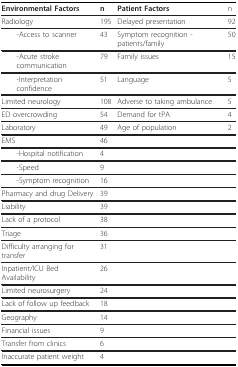
<table><thead><tr><td><b>Environmental Factors</b></td><td><b>n</b></td><td><b>Patient Factors</b></td><td><b>n</b></td></tr></thead><tbody><tr><td>Radiology</td><td>195</td><td>Delayed presentation</td><td>92</td></tr><tr><td> -Access to scanner</td><td>43</td><td>Symptom recognition - patients/family</td><td>50</td></tr><tr><td> -Acute stroke communication</td><td>79</td><td>Family issues</td><td>15</td></tr><tr><td> -Interpretation confidence</td><td>51</td><td>Language</td><td>5</td></tr><tr><td>Limited neurology</td><td>108</td><td>Adverse to taking ambulance</td><td>5</td></tr><tr><td>ED overcrowding</td><td>54</td><td>Demand for tPA</td><td>4</td></tr><tr><td>Laboratory</td><td>49</td><td>Age of population</td><td>2</td></tr><tr><td>EMS</td><td>46</td><td></td><td></td></tr><tr><td> -Hospital notification</td><td>4</td><td></td><td></td></tr><tr><td> -Speed</td><td>9</td><td></td><td></td></tr><tr><td> -Symptom recognition</td><td>16</td><td></td><td></td></tr><tr><td>Pharmacy and drug Delivery</td><td>39</td><td></td><td></td></tr><tr><td>Liability</td><td>39</td><td></td><td></td></tr><tr><td>Lack of a protocol</td><td>38</td><td></td><td></td></tr><tr><td>Triage</td><td>36</td><td></td><td></td></tr><tr><td>Difficulty arranging for transfer</td><td>31</td><td></td><td></td></tr><tr><td>Inpatient/ICU Bed Availability</td><td>26</td><td></td><td></td></tr><tr><td>Limited neurosurgery</td><td>24</td><td></td><td></td></tr><tr><td>Lack of follow up feedback</td><td>18</td><td></td><td></td></tr><tr><td>Geography</td><td>14</td><td></td><td></td></tr><tr><td>Financial issues</td><td>9</td><td></td><td></td></tr><tr><td>Transfer from clinics</td><td>6</td><td></td><td></td></tr><tr><td>Inaccurate patient weight</td><td>4</td><td></td><td></td></tr></tbody></table>